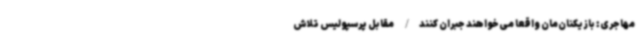
مهاجری: بازیکنان‌مان واقعا می‌خواهند جبران کنند/ مقابل پرسپولیس تلاش